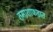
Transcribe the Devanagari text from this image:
तमाशाफडात